Indian journal of veterinary science and animal husbandry - Volumes 26-27, 1956-1957
Year: 1956
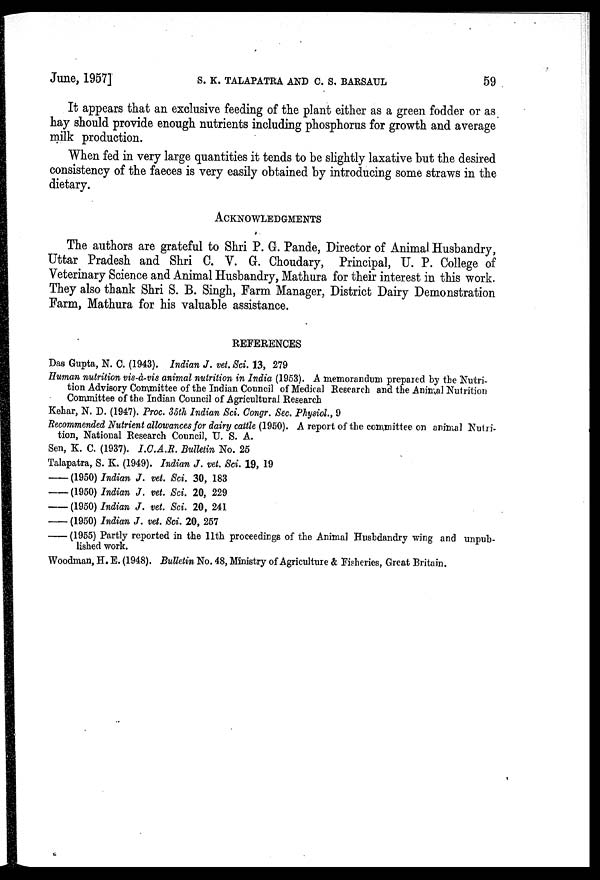
June, 1957] S. K. TALAPATRA AND C. S. BARSAUL 59
It appears that an exclusive feeding of the plant either as a green fodder or as
hay should provide enough nutrients including phosphorus for growth and average
milk production.
When fed in very large quantities it tends to be slightly laxative but the desired
consistency of the faeces is very easily obtained by introducing some straws in the
dietary.
ACKNOWLEDGMENTS
The authors are grateful to Shri P. G. Pande, Director of Animal Husbandry,
Uttar Pradesh and Shri C. V. G. Choudary, Principal, U. P. College of
Veterinary Science and Animal Husbandry, Mathura for their interest in this work.
They also thank Shri S. B. Singh, Farm Manager, District Dairy Demonstration
Farm, Mathura for his valuable assistance.
REFERENCES
Das Gupta, N. C. (1943). Indian J. vet. Sci. 13, 279
Human nutrition vis-à-vis animal nutrition in India (1953). A memorandum prepared by the Nutri-
tion Advisory Committee of the Indian Council of Medical Research and the Animal Nutrition
Committee of the Indian Council of Agricultural Research
Kehar, N. D. (1947). Proc. 35th Indian Sci. Congr. Sec. Physiol., 9
Recommended Nutrient allowances for dairy cattle (1950). A report of the committee on animal Nutri-
tion, National Research Council, U. S. A.
Sen, K. C. (1937). I.C.A.R. Bulletin No. 25
Talapatra, S. K. (1949). Indian J. vet. Sci. 19, 19
—(1950) Indian J. vet. Sci. 30, 183
—(1950) Indian J. vet. Sci. 20, 229
—(1950) Indian J. vet. Sci. 20, 241
—(1950) Indian J. vet. Sci. 20, 257
—(1955) Partly reported in the 11th proceedings of the Animal Husbdandry wing and unpub-
lished work.
Woodman, H. E. (1948). Bulletin No. 48, Ministry of Agriculture & Fisheries, Great Britain.